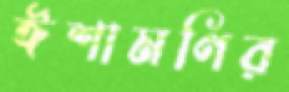
ঈশামণির